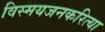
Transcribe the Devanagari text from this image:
विस्मयजनकरित्या